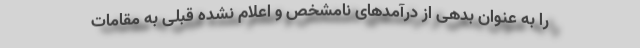
را به عنوان بدهی‌ از درآمدهای نامشخص و اعلام نشده قبلی به مقامات